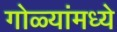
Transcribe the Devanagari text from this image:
गोळ्यांमध्ये